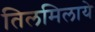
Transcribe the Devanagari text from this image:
तिलमिलाये